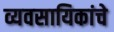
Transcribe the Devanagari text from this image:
व्यवसायिकांचे